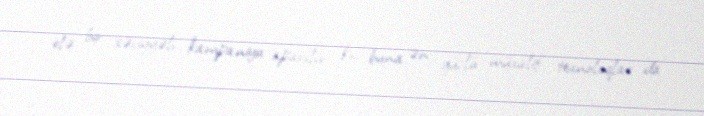
elə bir səviyyəli kampaniya aparılır ki, buna ən güclü müxalif texnoloqlar da